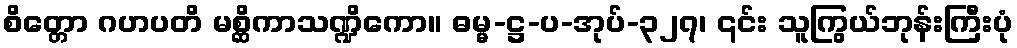
စိတ္တော ဂဟပတိ မစ္ဆိကာသဏ္ဍိကော။ ဓမ္မ-ဋ္ဌ-ပ-အုပ်-၃၂၇၊ ၎င်း သူကြွယ်ဘုန်းကြီးပုံ